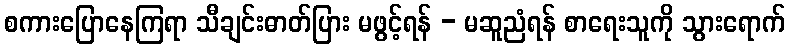
စကားပြောနေကြရာ သီချင်းဓာတ်ပြား မဖွင့်ရန် - မဆူညံရန် စာရေးသူကို သွားရောက်